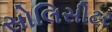
સોલિસીટર